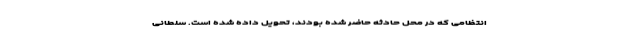
انتظامی که در محل حادثه حاضر شده بودند، تحویل داده شده است. سلطانی